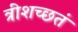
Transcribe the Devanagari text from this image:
त्रींशच्छतं